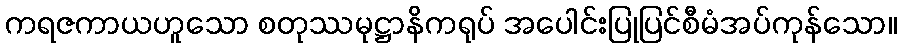
ကရဇကာယဟူသော စတုဿမုဋ္ဌာနိကရုပ် အပေါင်းပြုပြင်စီမံအပ်ကုန်သော။